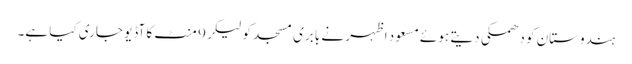
ہندوستان کو دھمکی دیتے ہوئے مسعود اظہر نے بابری مسجد کو لیکر 9 منٹ کا آڈیو جاری کیا ہے۔